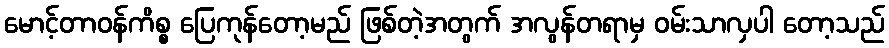
မောင့်တာဝန်ကိစ္စ ပြေကုန်တော့မည် ဖြစ်တဲ့အတွက် အလွန်တရာမှ ဝမ်းသာလှပါ တော့သည်